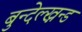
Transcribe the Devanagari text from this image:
बुन्देल्ख्नन्ड